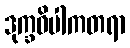
ဒုက္ခဝိပါကတရာ